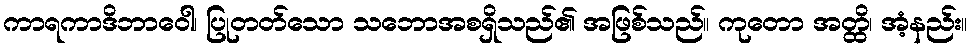
ကာရကာဒိဘာဝေါ၊ ပြုတတ်သော သဘောအစရှိသည်၏ အဖြစ်သည်။ ကုတော အတ္ထိ၊ အံ့နည်း။